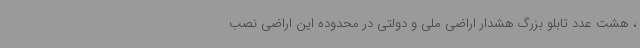
، هشت عدد تابلو بزرگ هشدار اراضی ملی و دولتی در محدوده این اراضی نصب